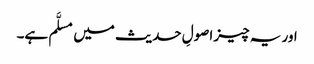
اور یہ چیز اصولِ حدیث میں مسلَّم ہے۔